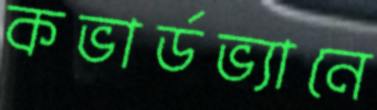
কভার্ডভ্যানে